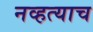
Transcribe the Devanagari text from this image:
नव्हत्याच